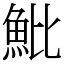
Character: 魮